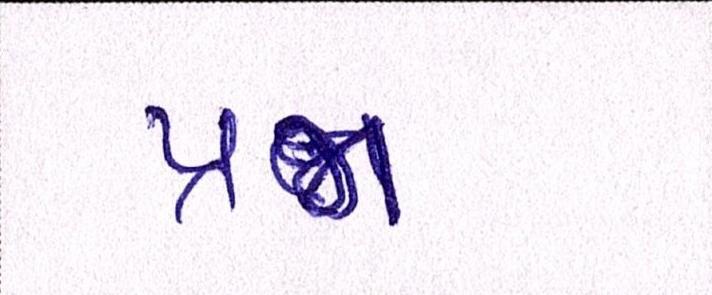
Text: પ્રજા